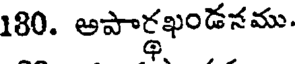
180. అపార్థఖండనము.